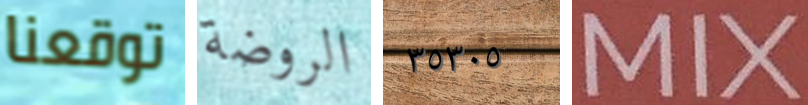
توقعنا الروضة ٣٥٣٠٥ MIX